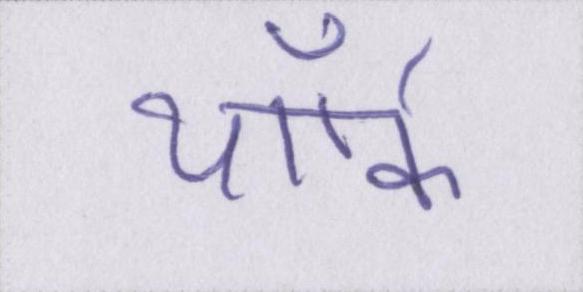
यॉर्क